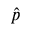
\hat { p }